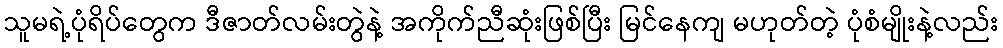
သူမရဲ့ပုံရိပ်တွေက ဒီဇာတ်လမ်းတွဲနဲ့ အကိုက်ညီဆုံးဖြစ်ပြီး မြင်နေကျ မဟုတ်တဲ့ ပုံစံမျိုးနဲ့လည်း